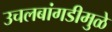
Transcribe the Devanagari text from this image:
उचलबांगडीमुळे